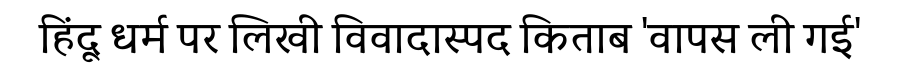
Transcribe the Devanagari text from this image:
हिंदू धर्म पर लिखी विवादास्पद किताब 'वापस ली गई'